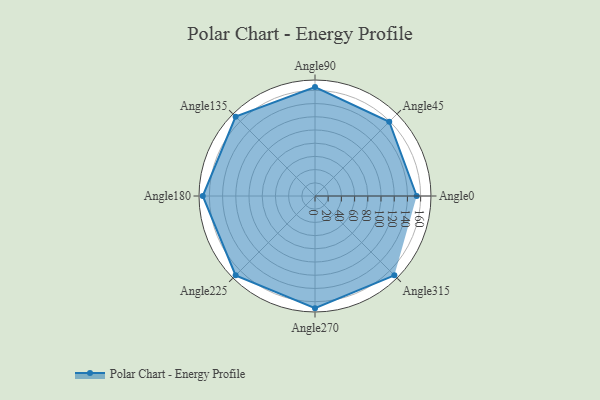
{"axis": {"x": "Angle", "y": "Radius"}, "legend": [""], "data": [{"x": "Angle0", "y": 154.0, "type": ""}, {"x": "Angle45", "y": 159.0, "type": ""}, {"x": "Angle90", "y": 165.0, "type": ""}, {"x": "Angle135", "y": 170.0, "type": ""}, {"x": "Angle180", "y": 170, "type": ""}, {"x": "Angle225", "y": 170, "type": ""}, {"x": "Angle270", "y": 170, "type": ""}, {"x": "Angle315", "y": 170, "type": ""}]}